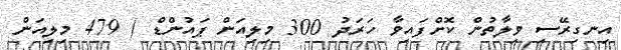
އިނގިރޭސި ވިލާތުން ކޮށްފައިވާ ހަރަދު 300 މިލިއަން ޕައުންޑް ( 479 މިލިއަން